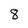
Character: 8